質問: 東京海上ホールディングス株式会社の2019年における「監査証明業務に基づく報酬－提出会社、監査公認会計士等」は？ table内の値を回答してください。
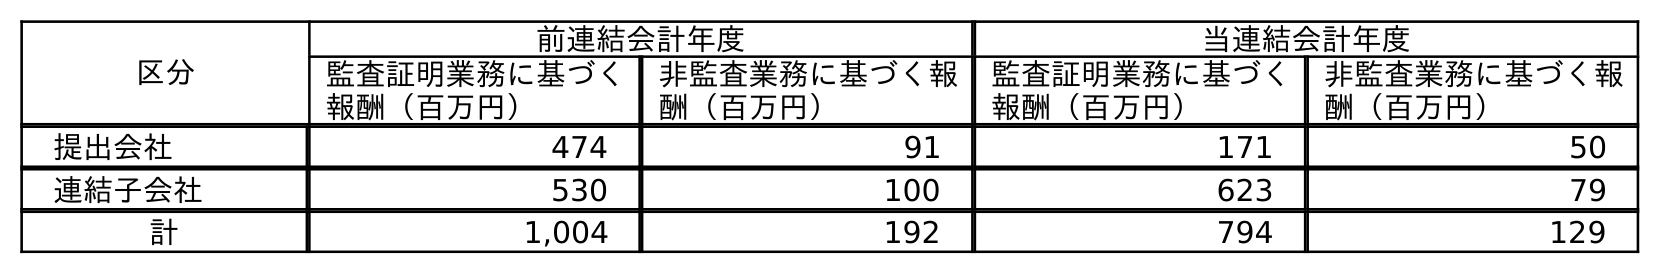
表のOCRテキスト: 区分 前連結会計年度 当連結会計年度 監査証明業務に基づく 報酬（百万円） 非監査業務に基づく報 酬（百万円） 監査証明業務に基づく 報酬（百万円） 非監査業務に基づく報 酬（百万円） 提出会社 474 91 171 50 連結子会社 530 100 623 79 計 1,004 192 794 129
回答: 474